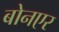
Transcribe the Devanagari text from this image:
बोनएर